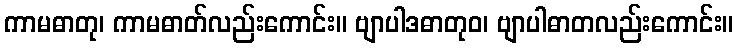
ကာမဓာတု၊ ကာမဓာတ်လည်းကောင်း။ ဗျာပါဒဓာတုဝ၊ ဗျာပါဓာတလည်းကောင်း။